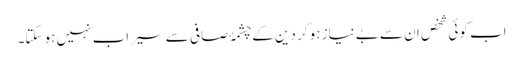
اب کوئی شخص ان سے بے نیاز ہو کر دین کے چشمۂ صافی سے سیراب نہیں ہو سکتا۔